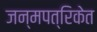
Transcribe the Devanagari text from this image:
जन्मपत्रिकेत